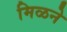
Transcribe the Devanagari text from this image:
मिळने